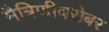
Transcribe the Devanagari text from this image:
मैत्रिणीबरोबर